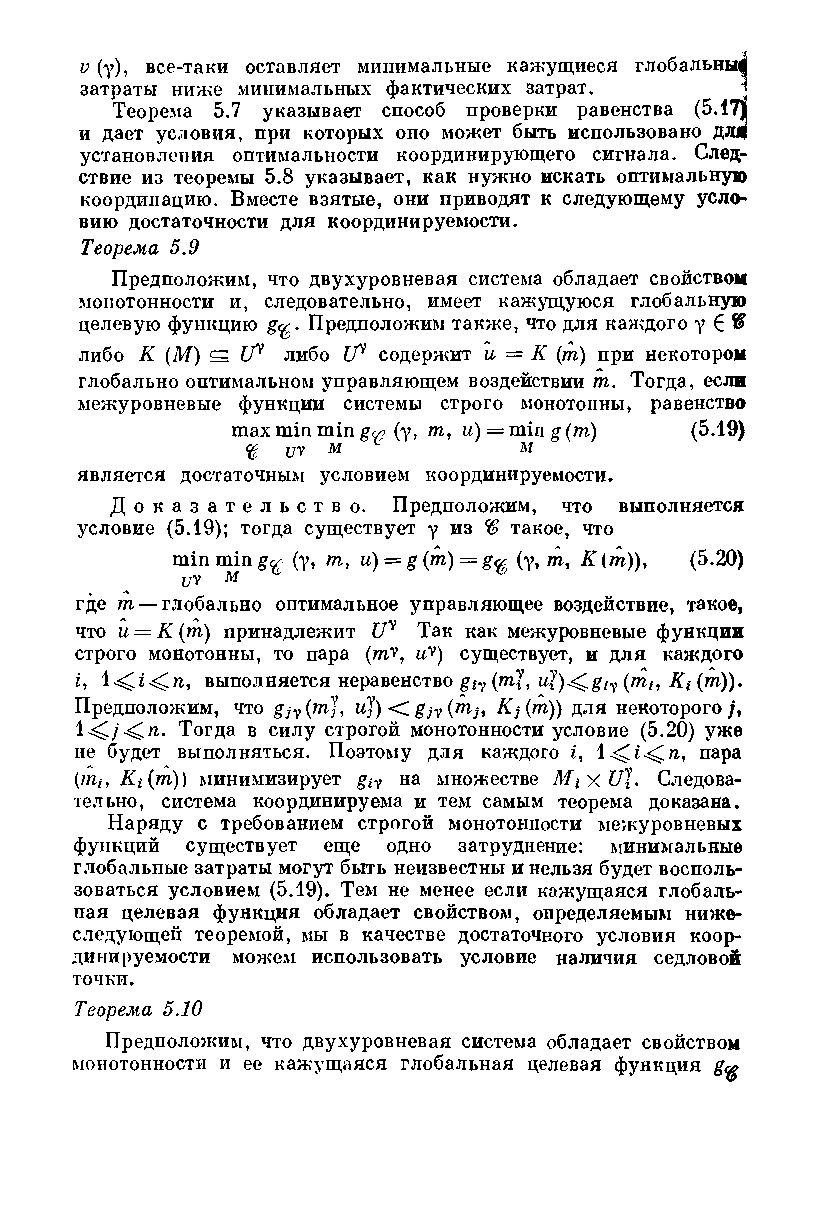
и (у), все-таки оставляет минимальные кажущиеся глобальные
 затраты ниже минимальных фактических затрат. ч
 Теорема 5.7 указывает способ проверки равенства (5.17)
 и дает условия, при которых оно может быть использовано дл#
 установления оптимальности координирующего сигнала. След­
 ствие из теоремы 5.8 указывает, как нужно искать оптимальную
 координацию. Вместе взятые, они приводят к следующему усло­
 вию достаточности для координируемости.
 Теорема 5.9
 Предположим, что двухуровневая система обладает свойством
 монотонности и, следовательно, имеет кажущуюся глобальную
 целевую функцию g<g. Предположим также, что для каждого у 6 ®
 либо К (М) s Uy либо If* содержит и — К (т) при некотором
 глобально оптимальном управляющем воздействии т. Тогда, если
 межуровневые функции системы строго монотонны, равенство
 max min min go? (у, т, и) = min g (т) (5.19)
 иУ М           М
 является достаточным условием координируемости.
 Д о к а з а т е л ь с т в о . Предположим, что выполняется
 условие (5.19); тогда существует у из % такое, что
 min min g<y~ (у, т, и) = g (т) = g<# (у, т, К {т)), (5.20)
 иУ м
 где т — глобально оптимальное управляющее воздействие, такое,
 что и = К (т) принадлежит Uy Так как межуровневые функции
 строго монотонны, то пара (тУ, иу) существует, и для каждого
 i,       выполняется неравенство giy (ту, uy)^g ly (m)).
 Предположим, что gjy(m], и]) <Zgjy(nij, Kj(m)) для некоторого/,
 1 ^ /^ и . Тогда в силу строгой монотонности условие (5.20) уже
 не будет выполняться. Поэтому для каждого i, пара
 (1Щ, Ki(m)) минимизирует giy на множестве MiXUy. Следова­
 тельно, система координируема и тем самым теорема доказана.
 Наряду с требованием строгой монотонности межуровневых
 функций существует еще одно затруднение: минимальные
 глобальные затраты могут быть неизвестны и нельзя будет восполь­
 зоваться условием (5.19). Тем не менее если кажущаяся глобаль­
 ная целевая функция обладает свойством, определяемым ниже­
 следующей теоремой, мы в качестве достаточного условия коор­
 динируемости можем использовать условие наличия седловой
 точки.
 Теорема 5.10
 Предположим, что двухуровневая система обладает свойством
 монотонности и ее кажущаяся глобальная целевая функция g™